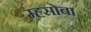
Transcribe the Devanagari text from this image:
म्ह्सोबा